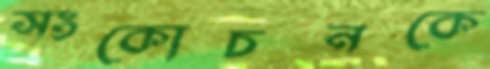
সংকোচনকে